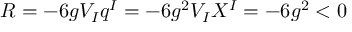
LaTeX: R = - 6 g V _ { I } q ^ { I } = - 6 g ^ { 2 } V _ { I } X ^ { I } = - 6 g ^ { 2 } < 0